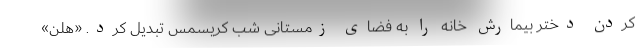
کردن دختر بیمارش خانه را به فضای زمستانی شب کریسمس تبدیل کرد. «هلن»